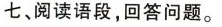
七、阅读语段，回答问题。